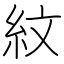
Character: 紋